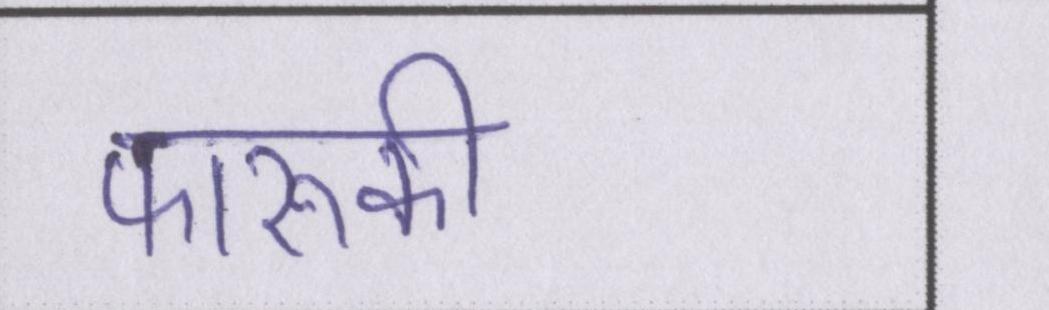
फारूकी